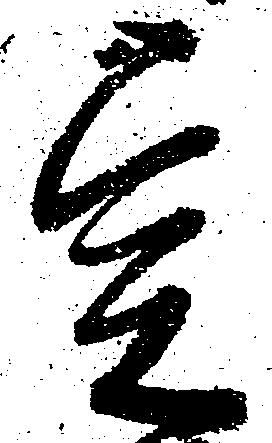
宍